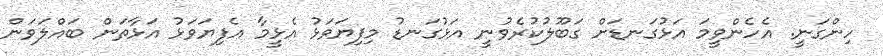
ހިންގަނީ. އެހެންވީމަ އަޅުގަނޑަށް ގަބޫލުކުރެވުނީ އަޅުގަނޑު މިފިޔަވަޅު އެޅީމާ އެފިޔަވަޅު އަޅާތަން ބައްލަވަން